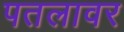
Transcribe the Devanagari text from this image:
पतलावर